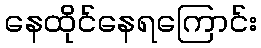
နေထိုင်နေရကြောင်း